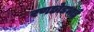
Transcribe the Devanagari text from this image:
रणछोडभाई